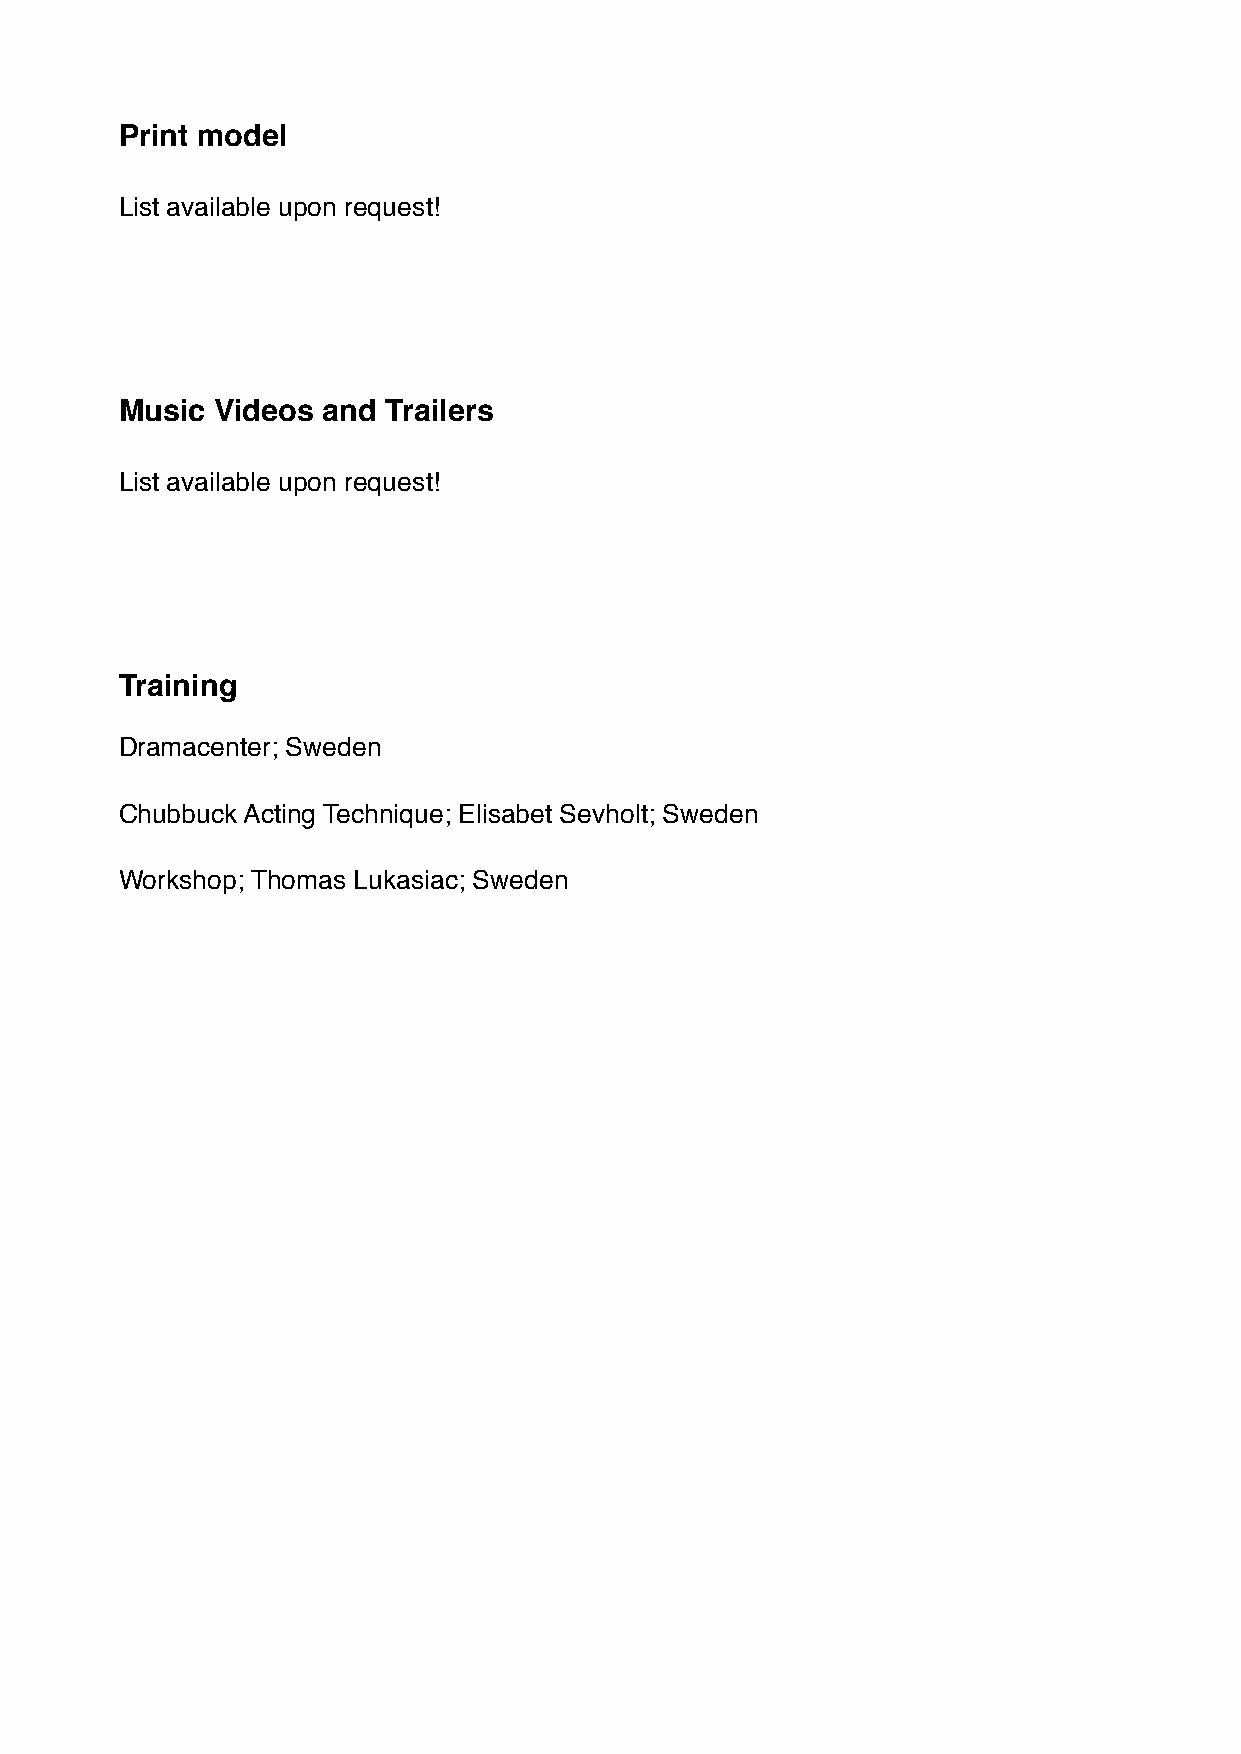
Print model
 List available upon request!
 Music Videos and Trailers
 List available upon request!
 Training
 Dramacenter; Sweden
 Chubbuck Acting Technique; Elisabet Sevholt; Sweden
 Workshop; Thomas Lukasiac; Sweden